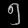
Digit: ၅